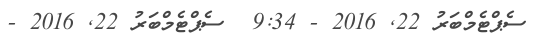
ސެޕްޓެމްބަރު 22